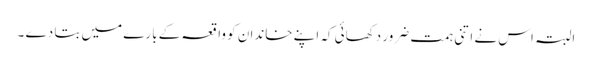
البتہ اس نے اتنی ہمت ضرور دکھائی کہ اپنے خاندان کو واقعہ کے بارے میں بتا دے ۔